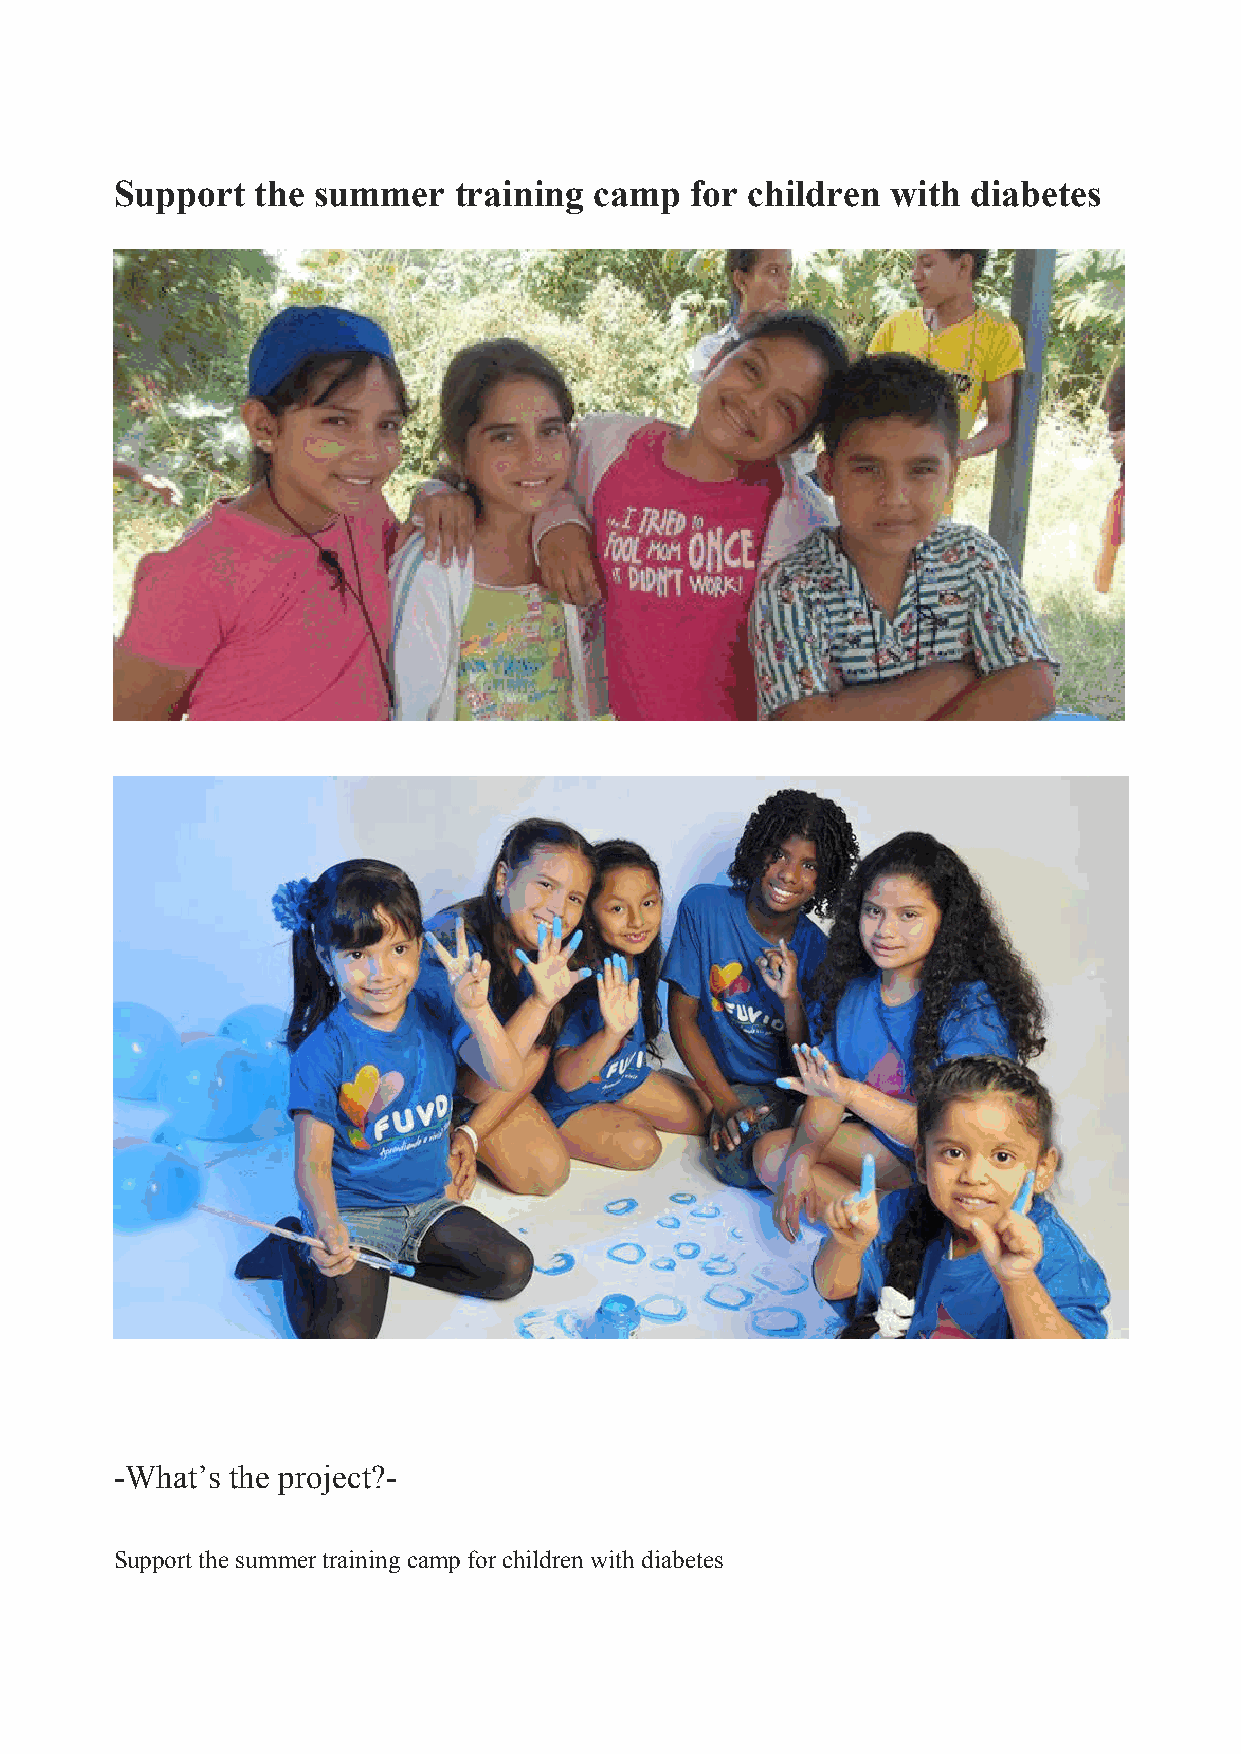
Support  the summer   training camp   for children with diabetes
 -What’s the project?-
 Support the summer training camp for children with diabetes